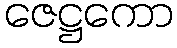
ဇေဋ္ဌကော